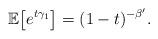
LaTeX: \begin{align*}\mathbb{E} \big[ e^{t \gamma_1} \big] = (1-t)^{-\beta'}.\end{align*}